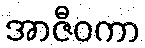
အာဇီဝကာ